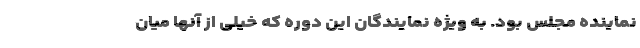
نماینده مجلس بود. به ویژه نمایندگان این دوره که خیلی از آنها میان